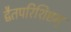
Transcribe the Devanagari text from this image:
द्वैतपरिशिष्टम्